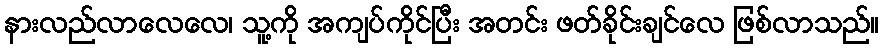
နားလည်လာလေလေ၊ သူ့ကို အကျပ်ကိုင်ပြီး အတင်း ဖတ်ခိုင်းချင်လေ ဖြစ်လာသည်။